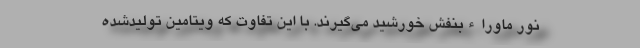
نور ماوراء‌بنفش خورشید می‌گیرند. با این تفاوت که ویتامین تولیدشده